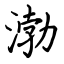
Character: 渤